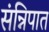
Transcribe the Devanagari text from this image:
संन्निपात